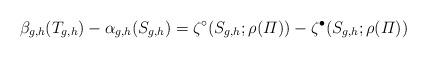
LaTeX: \begin{align*} \beta_{g,h}(T_{g,h})-\alpha_{g,h}(S_{g,h}) = \zeta^\circ(S_{g,h};\rho(\varPi)) -\zeta^\bullet(S_{g,h}; \rho(\varPi)) \end{align*}